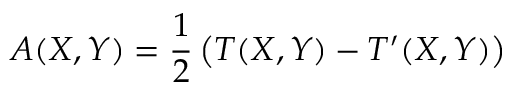
A ( X , Y ) = { \frac { 1 } { 2 } } \left( T ( X , Y ) - T ^ { \prime } ( X , Y ) \right)